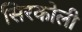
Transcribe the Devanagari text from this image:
सिरकोली